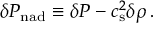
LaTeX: \delta P _ { \mathrm { n a d } } \equiv \delta P - c _ { \mathrm { s } } ^ { 2 } \delta \rho \, .